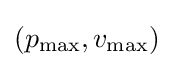
(p_{\rm {max}},v_{\rm {max}})